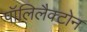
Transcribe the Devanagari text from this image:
पॉलिलैक्टोन